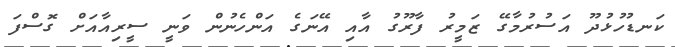
ކަނޑުހުޅުދޫ އަސުރުމާގޭ ޒަމީރު ފާރޫގު އާއި އޭނަގެ އަންހެނުން ވަނީ ސީރިއާއަށް ގޮސްފަ